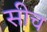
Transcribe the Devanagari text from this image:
सीच